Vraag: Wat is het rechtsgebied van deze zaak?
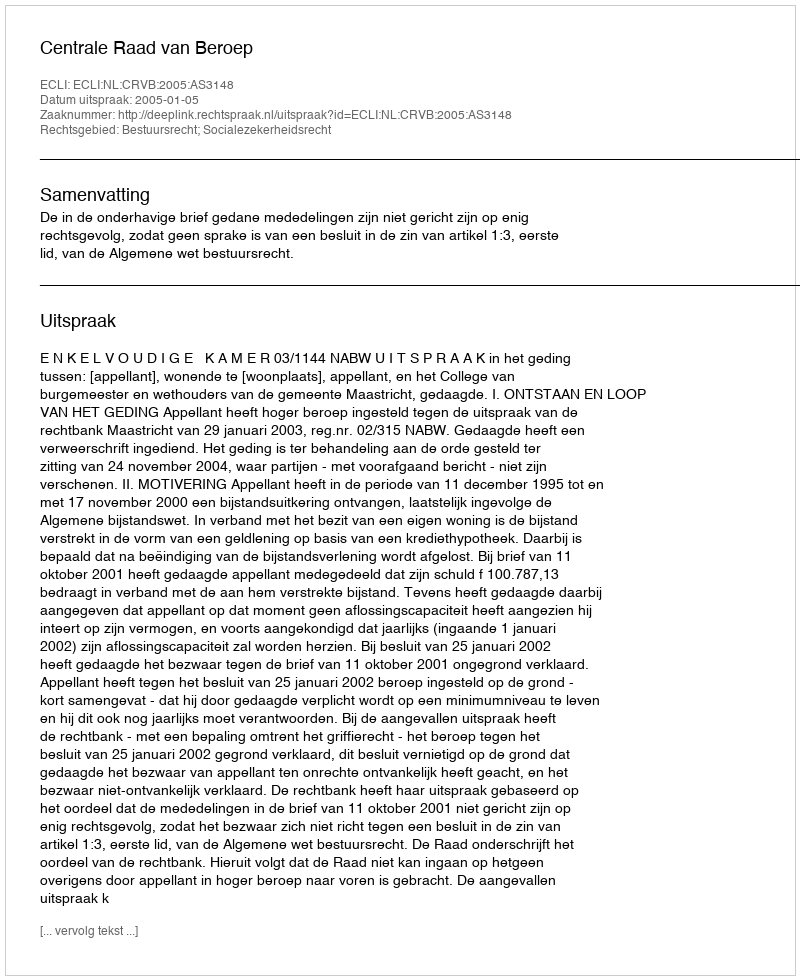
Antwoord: Bestuursrecht; Socialezekerheidsrecht